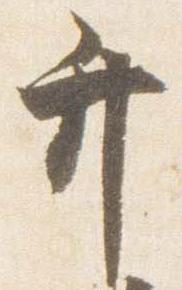
弁